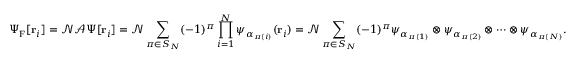
\Psi _ { \mathrm { { F } } } [ \mathbf { r } _ { i } ] = { \mathcal { N } } { \mathcal { A } } \Psi [ \mathbf { r } _ { i } ] = { \mathcal { N } } \sum _ { \pi \in S _ { N } } ( - 1 ) ^ { \pi } \prod _ { i = 1 } ^ { N } \psi _ { \alpha _ { \pi ( i ) } } ( \mathbf { r } _ { i } ) = { \mathcal { N } } \sum _ { \pi \in S _ { N } } ( - 1 ) ^ { \pi } \psi _ { \alpha _ { \pi ( 1 ) } } \otimes \psi _ { \alpha _ { \pi ( 2 ) } } \otimes \cdots \otimes \psi _ { \alpha _ { \pi ( N ) } } .